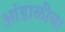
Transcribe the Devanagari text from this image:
आंडाळीचा